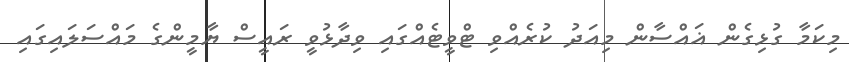
މިކަމާ ގުޅިގެން ޣައްސާން މިއަދު ކުރެއްވި ޓްވީޓެއްގައި ވިދާޅުވީ ރައީސް ޔާމީންގެ މައްސަލައިގައި